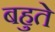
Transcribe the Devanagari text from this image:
बहुते